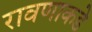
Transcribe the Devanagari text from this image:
रावणाकडे